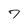
Character: 7